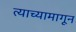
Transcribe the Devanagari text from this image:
त्याच्यामागून